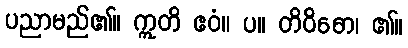
ပညာမည်၏။ ဣတိ ဧဝံ။ ပ။ တိဝိဓော၊ ၏။